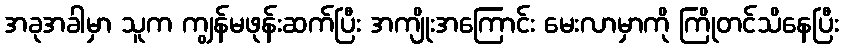
အခုအခါမှာ သူက ကျွန်မဖုန်းဆက်ပြီး အကျိုးအကြောင်း မေးလာမှာကို ကြိုတင်သိနေပြီး